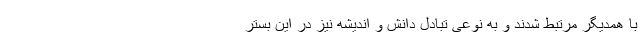
با همدیگر مرتبط شدند و به نوعی تبادل دانش و اندیشه نیز در این بستر